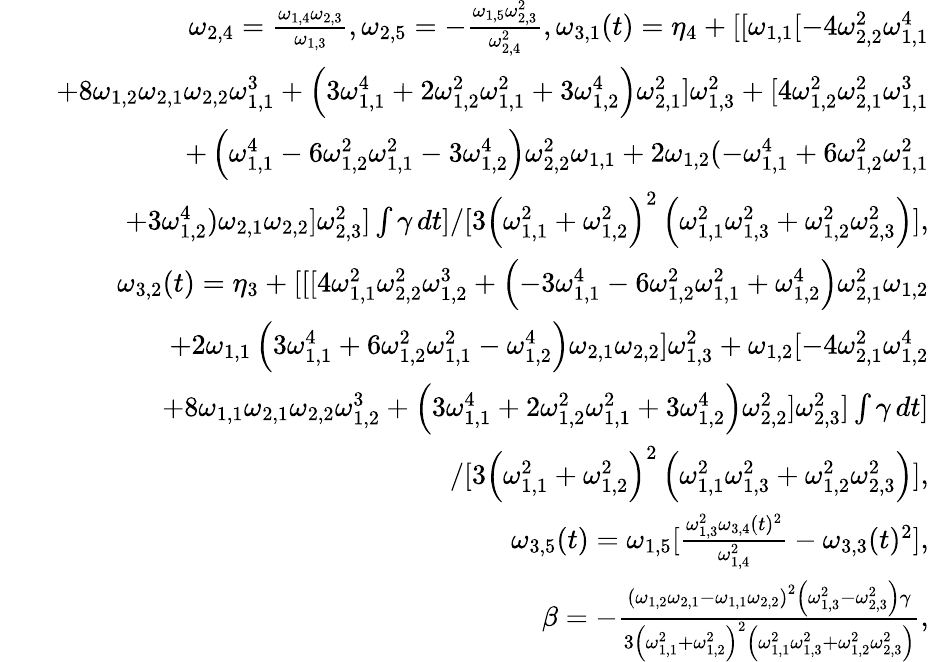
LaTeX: \begin{array}{rlr}&{}&{\omega_{2,4}=\frac{\omega_{1,4}\omega_{2,3}}{\omega_{1,3}},\omega_{2,5}=-\frac{\omega_{1,5}\omega_{2,3}^{2}}{\omega_{2,4}^{2}},\omega_{3,1}(t)=\eta_{4}+[[\omega_{1,1}[-4\omega_{2,2}^{2}\omega_{1,1}^{4}}\\ &{}&{+8\omega_{1,2}\omega_{2,1}\omega_{2,2}\omega_{1,1}^{3}+\left(3\omega_{1,1}^{4}+2\omega_{1,2}^{2}\omega_{1,1}^{2}+3\omega_{1,2}^{4}\right)\omega_{2,1}^{2}]\omega_{1,3}^{2}+[4\omega_{1,2}^{2}\omega_{2,1}^{2}\omega_{1,1}^{3}}\\ &{}&{+\left(\omega_{1,1}^{4}-6\omega_{1,2}^{2}\omega_{1,1}^{2}-3\omega_{1,2}^{4}\right)\omega_{2,2}^{2}\omega_{1,1}+2\omega_{1,2}(-\omega_{1,1}^{4}+6\omega_{1,2}^{2}\omega_{1,1}^{2}}\\ &{}&{+3\omega_{1,2}^{4})\omega_{2,1}\omega_{2,2}]\omega_{2,3}^{2}]\int\gamma\, dt]/[3\left(\omega_{1,1}^{2}+\omega_{1,2}^{2}\right)^{2}\left(\omega_{1,1}^{2}\omega_{1,3}^{2}+\omega_{1,2}^{2}\omega_{2,3}^{2}\right)],}\\ &{}&{\omega_{3,2}(t)=\eta_{3}+[[[4\omega_{1,1}^{2}\omega_{2,2}^{2}\omega_{1,2}^{3}+\left(-3\omega_{1,1}^{4}-6\omega_{1,2}^{2}\omega_{1,1}^{2}+\omega_{1,2}^{4}\right)\omega_{2,1}^{2}\omega_{1,2}}\\ &{}&{+2\omega_{1,1}\left(3\omega_{1,1}^{4}+6\omega_{1,2}^{2}\omega_{1,1}^{2}-\omega_{1,2}^{4}\right)\omega_{2,1}\omega_{2,2}]\omega_{1,3}^{2}+\omega_{1,2}[-4\omega_{2,1}^{2}\omega_{1,2}^{4}}\\ &{}&{+8\omega_{1,1}\omega_{2,1}\omega_{2,2}\omega_{1,2}^{3}+\left(3\omega_{1,1}^{4}+2\omega_{1,2}^{2}\omega_{1,1}^{2}+3\omega_{1,2}^{4}\right)\omega_{2,2}^{2}]\omega_{2,3}^{2}]\int\gamma\, dt]}\\ &{}&{/[3\left(\omega_{1,1}^{2}+\omega_{1,2}^{2}\right)^{2}\left(\omega_{1,1}^{2}\omega_{1,3}^{2}+\omega_{1,2}^{2}\omega_{2,3}^{2}\right)],}\\ &{}&{\omega_{3,5}(t)=\omega_{1,5}[\frac{\omega_{1,3}^{2}\omega_{3,4}(t)^{2}}{\omega_{1,4}^{2}}-\omega_{3,3}(t)^{2}],}\\ &{}&{\beta=-\frac{\left(\omega_{1,2}\omega_{2,1}-\omega_{1,1}\omega_{2,2}\right)^{2}\left(\omega_{1,3}^{2}-\omega_{2,3}^{2}\right)\gamma}{3\left(\omega_{1,1}^{2}+\omega_{1,2}^{2}\right)^{2}\left(\omega_{1,1}^{2}\omega_{1,3}^{2}+\omega_{1,2}^{2}\omega_{2,3}^{2}\right)},}\end{array}